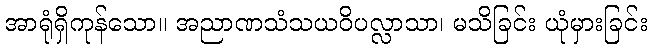
အာရုံရှိကုန်သော။ အညာဏသံသယဝိပလ္လာသာ၊ မသိခြင်း ယုံမှားခြင်း